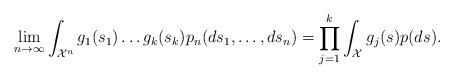
LaTeX: \begin{align*}\lim_{n \to \infty} \int_{\mathcal{X}^n}g_1(s_1) \dots g_k(s_k) p_n(ds_1, \ldots, ds_n)=\prod_{j=1}^k \int_{\mathcal{X}}g_j(s) p(ds).\end{align*}